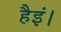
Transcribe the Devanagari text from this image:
हैइं।